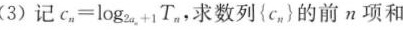
(3)记c_n=log2a_n+1T_n，，求数列{C_n}的前n项和